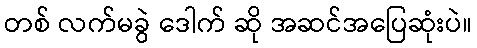
တစ် လက်မခွဲ ဒေါက် ဆို အဆင်အပြေဆုံးပဲ။